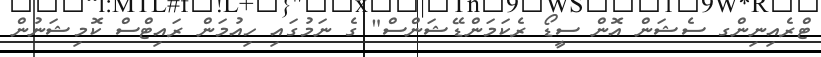
ޓްރެއިނިންގ ސެޝަން އޮން ސީޑޯ ރެކަމަންޑޭޝަންސް" ގެ ނަމުގައި ހިއުމަން ރައިޓްސް ކޮމިޝަނުން